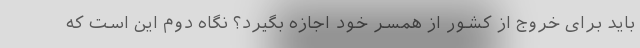
باید برای خروج از کشور از همسر خود اجازه بگیرد؟ نگاه دوم این است که